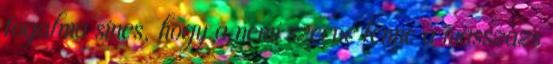
fogalma sincs, hogy a nemi szerve lenne a masszázs